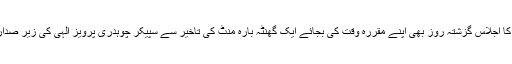
پنجاب اسمبلی کا اجلاس گزشتہ روز بھی اپنے مقررہ وقت کی بجائے ایک گھنٹہ بارہ منٹ کی تاخیر سے سپیکر چوہدری پرویز الٰہی کی زیر صدارت شروع ہوا۔